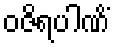
ဝဇိရပါဏိံ